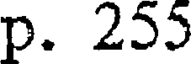
p. 255